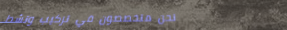
نحن متخصصون في تركيب وتشط